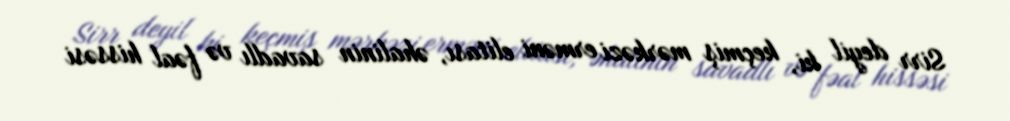
Sirr deyil ki, keçmiş mərkəzi erməni elitası, əhalinin savadlı və fəal hissəsi